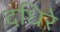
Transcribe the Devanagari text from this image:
दधिरे